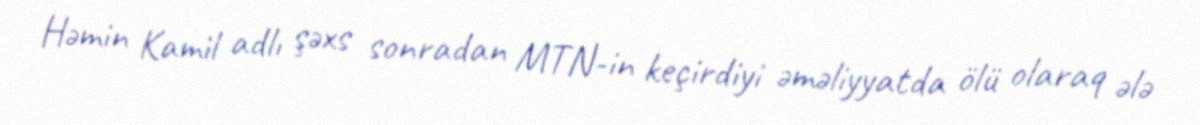
Həmin Kamil adlı şəxs sonradan MTN-in keçirdiyi əməliyyatda ölü olaraq ələ